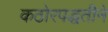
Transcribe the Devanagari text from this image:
कठोरपद्धतीने